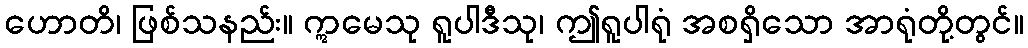
ဟောတိ၊ ဖြစ်သနည်း။ ဣမေသု ရူပါဒီသု၊ ဤရူပါရုံ အစရှိသော အာရုံတို့တွင်။